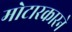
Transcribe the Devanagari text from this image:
मोटारकारने